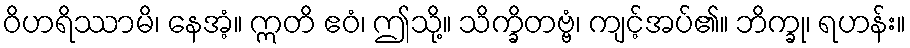
ဝိဟရိဿာမိ၊ နေအံ့။ ဣတိ ဧဝံ၊ ဤသို့။ သိက္ခိတဗ္ဗံ၊ ကျင့်အပ်၏။ ဘိက္ခု၊ ရဟန်း။